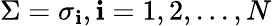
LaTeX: \Sigma={\sigma_{\mathbf{i}}},\mathbf{i}=1,2,...,N